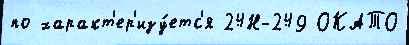
по характ'ер'изу́етс'я 24Н-249 ОКАТО